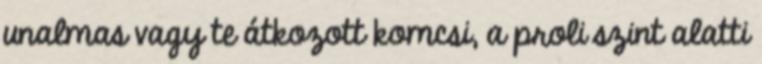
unalmas vagy te átkozott komcsi, a proli szint alatti